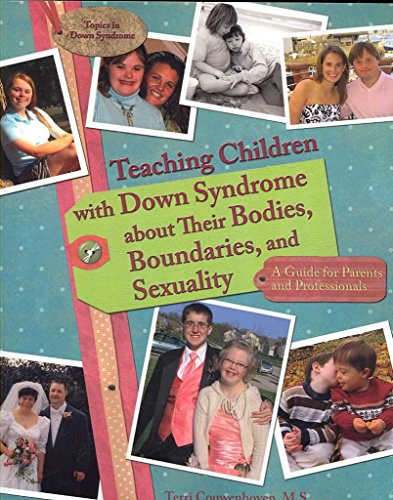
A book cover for [Teaching Children with Down Syndrome About Their Bodies, Boundaries and Sexuality: A Guide for Parents and Professionals] (By: Terri Couwenhoven) [published: October, 2007]; Terri Couwenhoven; Health, Fitness & Dieting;